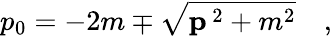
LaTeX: p_{0}=-2m\mp\sqrt{{\mathbf p}^{\, 2}+m^{2}}\quad,